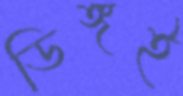
ডিঙ্গই